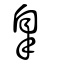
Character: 辠